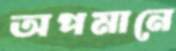
অপমানে